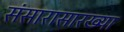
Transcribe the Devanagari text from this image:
संसारासारख्या